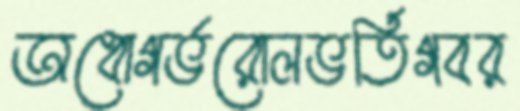
অধোগর্ভরোলভর্তিগবর